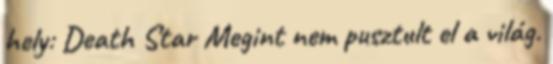
hely: Death Star Megint nem pusztult el a világ.